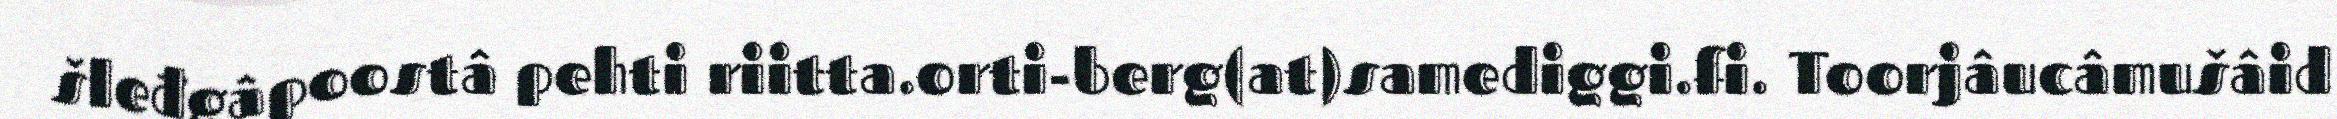
šleđgâpoostâ pehti riitta.orti-berg(at)samediggi.fi. Toorjâucâmušâid